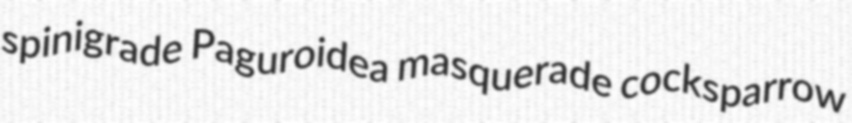
spinigrade Paguroidea masquerade cocksparrow